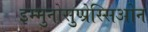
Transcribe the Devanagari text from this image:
इम्मुनोसुप्प्रेस्सिओन